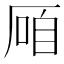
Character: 𱑠